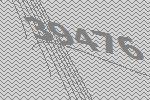
39476